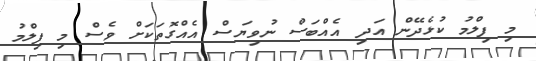
މި ފިލްމު ކުޅެދޭން އަދި އެއްބަސް ނުވިޔަސް އެއްގޮތަކަށް ވެސް މި ފިލްމު